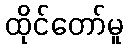
ထိုင်တော်မူ